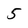
Character: 5